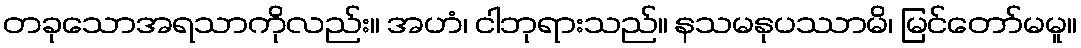
တခုသောအရသာကိုလည်း။ အဟံ၊ ငါဘုရားသည်။ နသမနုပဿာမိ၊ မြင်တော်မမူ။